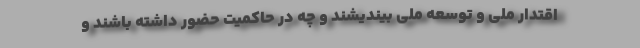
اقتدار ملی و توسعه ملی بیندیشند و چه در حاکمیت حضور داشته باشند و